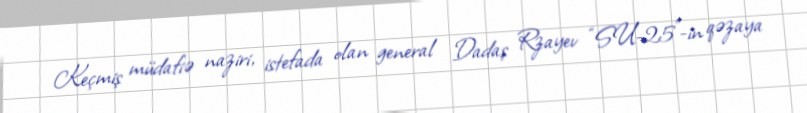
Keçmiş müdafiə naziri, istefada olan general Dadaş Rzayev “SU-25"-in qəzaya